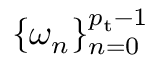
\{ \omega _ { n } \} _ { n = 0 } ^ { { p _ { \mathrm { t } } } - 1 }